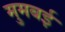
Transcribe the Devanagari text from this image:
मुमबई